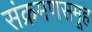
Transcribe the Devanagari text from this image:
संक्रमणसमूह